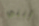
أنني